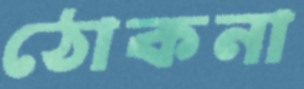
ঠোকনা